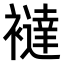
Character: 𧞅